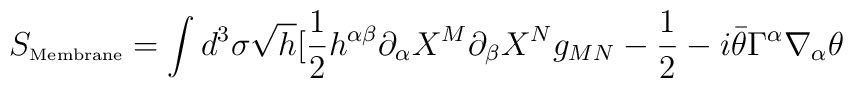
S_{\hbox{\tiny{Membrane}}} = \int d^3 \sigma \sqrt{h} [ \frac {1}{2} h^{\alpha \beta} \partial_{\alpha} X^M \partial_{\beta} X^N g_{MN} - \frac {1}{2} -i \bar{\theta} \Gamma^{\alpha} \nabla_{\alpha} \theta